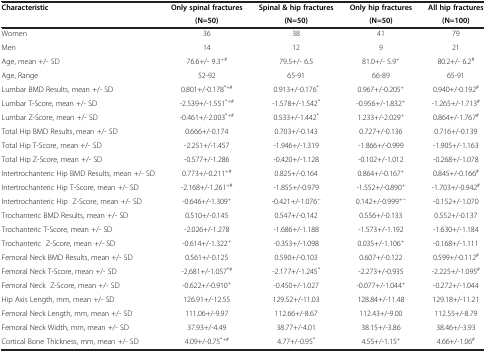
<table><thead><tr><td><b>Characteristic</b></td><td><b>Only spinal fractures</b></td><td><b>Spinal &amp; hip fractures</b></td><td><b>Only hip fractures</b></td><td><b>All hip fractures</b></td></tr><tr><td><b> </b></td><td><b>(N=50)</b></td><td><b>(N=50)</b></td><td><b>(N=50)</b></td><td><b>(N=100)</b></td></tr></thead><tbody><tr><td>Women</td><td>36</td><td>38</td><td>41</td><td>79</td></tr><tr><td>Men</td><td>14</td><td>12</td><td>9</td><td>21</td></tr><tr><td>Age, mean +/- SD</td><td>76.6+/- 9.3<sup>+#</sup></td><td>79.5+/- 6.5</td><td>81.0+/- 5.9<sup>+</sup></td><td>80.2+/- 6.2<sup>#</sup></td></tr><tr><td>Age, Range</td><td>52-92</td><td>65-91</td><td>66-89</td><td>65-91</td></tr><tr><td>Lumbar BMD Results, mean +/- SD</td><td>0.801+/-0.178<sup>*+#</sup></td><td>0.913+/-0.176<sup>*</sup></td><td>0.967+/-0.205<sup>+</sup></td><td>0.940+/-0.192<sup>#</sup></td></tr><tr><td>Lumbar T-Score, mean +/- SD</td><td>-2.539+/-1.551<sup>*+#</sup></td><td>-1.578+/-1.542<sup>*</sup></td><td>-0.956+/-1.832<sup>+</sup></td><td>-1.265+/-1.713<sup>#</sup></td></tr><tr><td>Lumbar Z-Score, mean +/- SD</td><td>-0.461+/-2.003<sup>*+#</sup></td><td>0.533+/-1.442<sup>*</sup></td><td>1.233+/-2.029<sup>+</sup></td><td>0.864+/-1.767<sup>#</sup></td></tr><tr><td>Total Hip BMD Results, mean +/- SD</td><td>0.666+/-0.174</td><td>0.703+/-0.143</td><td>0.727+/-0.136</td><td>0.716+/-0.139</td></tr><tr><td>Total Hip T-Score, mean +/- SD</td><td>-2.251+/-1.457</td><td>-1.946+/-1.319</td><td>-1.866+/-0.999</td><td>-1.905+/-1.163</td></tr><tr><td>Total Hip Z-Score, mean +/- SD</td><td>-0.577+/-1.286</td><td>-0.420+/-1.128</td><td>-0.102+/-1.012</td><td>-0.268+/-1.078</td></tr><tr><td>Intertrochanteric Hip BMD Results, mean +/- SD</td><td>0.773+/-0.211<sup>+#</sup></td><td>0.825+/-0.164</td><td>0.864+/-0.167<sup>+</sup></td><td>0.845+/-0.166<sup>#</sup></td></tr><tr><td>Intertrochanteric Hip T-Score, mean +/- SD</td><td>-2.168+/-1.261<sup>+#</sup></td><td>-1.855+/-0.979</td><td>-1.552+/-0.890<sup>+</sup></td><td>-1.703+/-0.942<sup>#</sup></td></tr><tr><td>Intertrochanteric Hip Z-Score, mean +/- SD</td><td>-0.646+/-1.309<sup>+</sup></td><td>-0.421+/-1.076<sup>~</sup></td><td>0.142+/-0.999<sup>+~</sup></td><td>-0.152+/-1.070</td></tr><tr><td>Trochanteric BMD Results, mean +/- SD</td><td>0.510+/-0.145</td><td>0.547+/-0.142</td><td>0.556+/-0.133</td><td>0.552+/-0.137</td></tr><tr><td>Trochanteric T-Score, mean +/- SD</td><td>-2.026+/-1.278</td><td>-1.686+/-1.188</td><td>-1.573+/-1.192</td><td>-1.630+/-1.184</td></tr><tr><td>Trochanteric Z-Score, mean +/- SD</td><td>-0.614+/-1.322<sup>+</sup></td><td>-0.353+/-1.098</td><td>0.035+/-1.106<sup>+</sup></td><td>-0.168+/-1.111</td></tr><tr><td>Femoral Neck BMD Results, mean +/- SD</td><td>0.561+/-0.125</td><td>0.590+/-0.103</td><td>0.607+/-0.122</td><td>0.599+/-0.112<sup>#</sup></td></tr><tr><td>Femoral Neck T-Score, mean +/- SD</td><td>-2.681+/-1.057<sup>*#</sup></td><td>-2.177+/-1.245<sup>*</sup></td><td>-2.273+/-0.935</td><td>-2.225+/-1.095<sup>#</sup></td></tr><tr><td>Femoral Neck Z-Score, mean +/- SD</td><td>-0.622+/-0.910<sup>+</sup></td><td>-0.450+/-1.027</td><td>-0.077+/-1.044<sup>+</sup></td><td>-0.272+/-1.044</td></tr><tr><td>Hip Axis Length, mm, mean +/- SD</td><td>126.91+/-12.55</td><td>129.52+/-11.03</td><td>128.84+/-11.48</td><td>129.18+/-11.21</td></tr><tr><td>Femoral Neck Length, mm, mean +/- SD</td><td>111.06+/-9.97</td><td>112.66+/-8.67</td><td>112.43+/-9.00</td><td>112.55+/-8.79</td></tr><tr><td>Femoral Neck Width, mm, mean +/- SD</td><td>37.93+/-4.49</td><td>38.77+/-4.01</td><td>38.15+/-3.86</td><td>38.46+/-3.93</td></tr><tr><td>Cortical Bone Thickness, mm, mean +/- SD</td><td>4.09+/-0.75<sup>*+#</sup></td><td>4.77+/-0.95<sup>*</sup></td><td>4.55+/-1.15<sup>+</sup></td><td>4.66+/-1.06<sup>#</sup></td></tr></tbody></table>